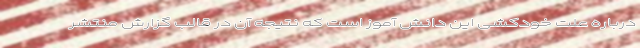
درباره علت خودکشی این دانش آموز است که نتیجه آن در قالب گزارش منتشر